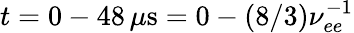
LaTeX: t=0-48\, \mu\mathrm{s}=0-(8/3)\nu_{ee}^{-1}